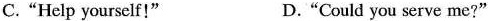
C."Help yourself!" D."Could you serve me?"